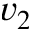
v _ { 2 }